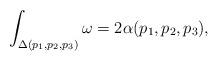
LaTeX: \begin{align*}\int_{\Delta(p_1,p_2,p_3)} \omega =2\alpha(p_1,p_2,p_3),\end{align*}